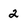
Character: 2